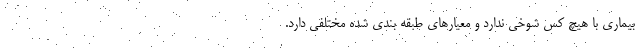
بیماری با هیچ کس شوخی ندارد و معیارهای طبقه بندی شده مختلفی دارد.